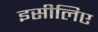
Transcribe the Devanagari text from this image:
इसीलिए